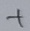
Text: +